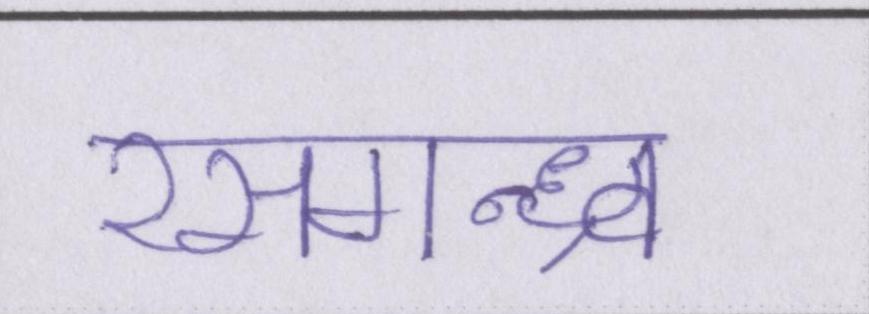
रसगन्ध्र्व